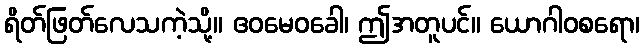
ရိတ်ဖြတ်လေသကဲ့သို့။ ဧဝမေဝခေါ၊ ဤအတူပင်။ ယောဂါဝစရော၊